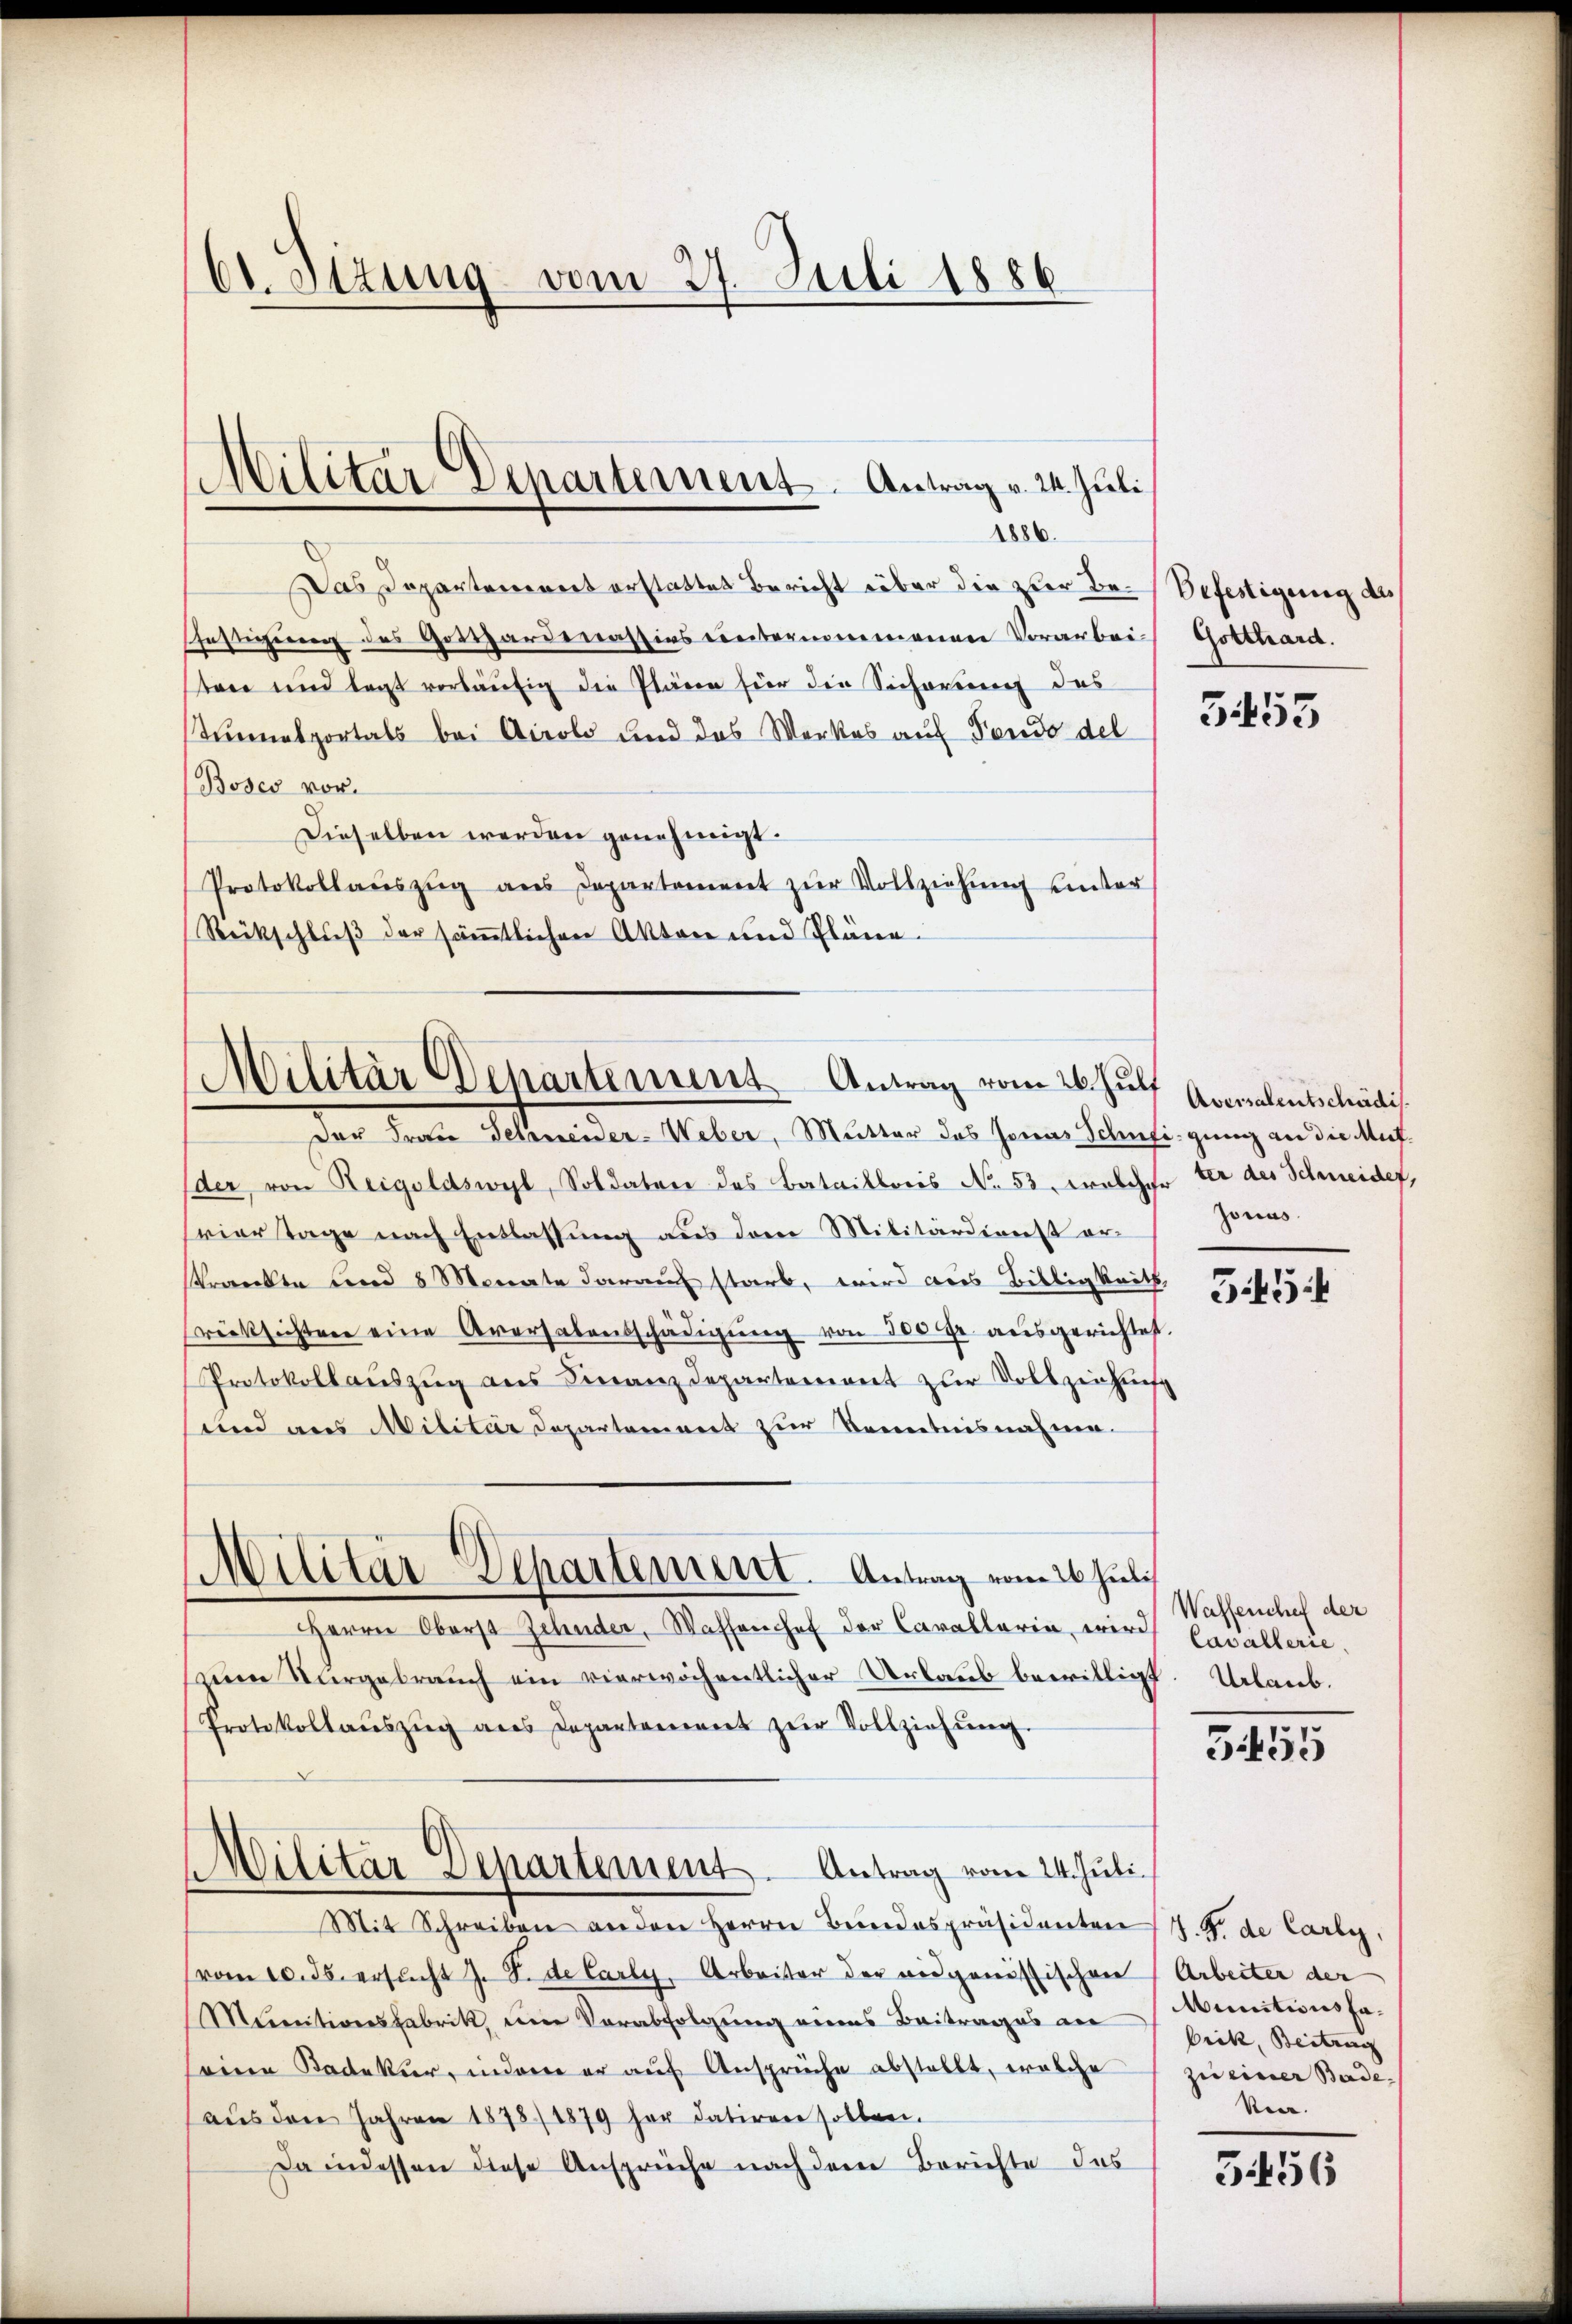
bt. Ottung vom 27. Juli 1886

Das Departement erstattet Bericht über die zur Be-Befestigung des
Pfestigung des Gotthardenassivs unternommenen Vorarbei Gotthard.
stare und legt vorläufig die Plänen für die Sichereine das
Tunnelportals bei Airolo und das Werkes auf Fondo del
Boses vor.
Dieselben werden genehmigt.
Protokollaŭszŭg ans Departement zŭr Vollziehŭng ŭnter
Rückschluß der sämtlichen Akten und Pläne.

Militär Departement. Antrag v. 24. Juli
1886.

Militär Departement Antrag vom 26. Juli

Militär-Departement. Antrag vom 26. Juli

Der Frau Geleneider-Weber, Mutter das Jonas Schnfigung an die Aufder von Reigoldswyl, Soldaten des Bataillonis No. 53 Froschehe ter des Schneider,
vier Tage nach Entlassung aus dem Militärdienst er¬
Kranken und 8 Monate darauf starb, wird aus Biltigkeit,
rücksichten eine Aversalentschädigŭng von 300 r. ausgerichtest.
Protokollaŭszŭg ans Finanzdepartement zur Vollziehung
und aus Militär Departement zur Kenntnisnahme.
Herrn Oberst Zehnder, Wassenhof der Cavallaria, wird Cavallerie.
nen Nargebrauch ein vierwöchentlicher Urlaub bewilligt. Urlaub.
Protokollaŭszŭg ans Departement zŭr Vollziehŭng.
MMilitar Departement. Antrag vom 24. Juli.
Mit Schreiben anden Herrn Bundespräsidenten J. J. de Carly
vom 10. 35. ersucht J. S. de Carly, Arbeiter der eidgenössischen Arbeiter der
Mereitionsfabrik, eine Verabfolgung eines Beitrages an
seine Kadekŭr, indem er aŭf Ansprüche abstellt, welche zŭ einer Bade-
aŭs den Jahren 1878/1879 her datiren sollen.
Da indessen diese Ansprüche nach dem Berichte das

5455

Aversalentschädi
Jonas.

3454

Waffenchef der

5455

MMunitionsfabrik, Beitrag
Reer.

5456